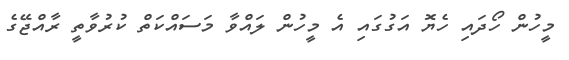
މީހުން ހޯދައި ހެޔޮ އަގުގައި އެ މީހުން ލައްވާ މަސައްކަތް ކުރުވާތީ ރާއްޖޭގެ